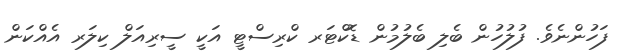
ފަހުންނެވެ. ފުލުހުން ބެލި ބެލުމުން ޑޮކްޓަރ ކްރިސްޓީ އަކީ ސީރިއަލް ކިލަރ އެއްކަން